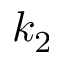
k _ { 2 }